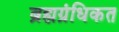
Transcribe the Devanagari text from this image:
ब्रह्मग्रंधिकत